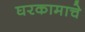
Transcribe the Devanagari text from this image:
घरकामाचे